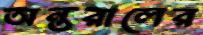
অন্তরালের